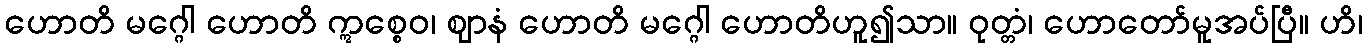
ဟောတိ မဂ္ဂေါ ဟောတိ ဣစ္စေဝ၊ ဈာနံ ဟောတိ မဂ္ဂေါ ဟောတိဟူ၍သာ။ ဝုတ္တံ၊ ဟောတော်မူအပ်ပြီ။ ဟိ၊